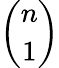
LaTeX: \binom{n}{1}